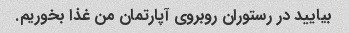
بیایید در رستوران روبروی آپارتمان من غذا بخوریم.